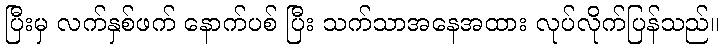
ပြီးမှ လက်နှစ်ဖက် နောက်ပစ် ပြီး သက်သာအနေအထား လုပ်လိုက်ပြန်သည်။